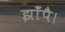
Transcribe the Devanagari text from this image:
झाँपै।